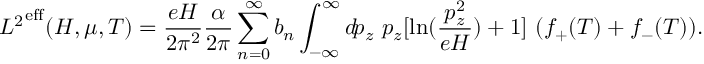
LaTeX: { { \cal L } ^ { 2 } } ^ { \mathrm { e f f } } ( H , \mu , T ) = \frac { e H } { 2 \pi ^ { 2 } } \frac { \alpha } { 2 \pi } \sum _ { n = 0 } ^ { \infty } b _ { n } \int _ { - \infty } ^ { \infty } d \! p _ { z } ~ p _ { z } [ \ln ( \frac { p _ { z } ^ { 2 } } { e H } ) + 1 ] ~ ( f _ { + } ( T ) + f _ { - } ( T ) ) .